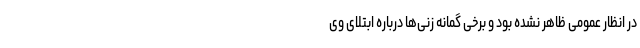
در انظار عمومی ظاهر نشده بود و برخی گمانه زنی‌ها درباره ابتلای وی